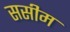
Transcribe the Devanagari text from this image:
ससीम